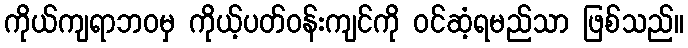
ကိုယ်ကျရာဘဝမှ ကိုယ့်ပတ်ဝန်းကျင်ကို ဝင်ဆံ့ရမည်သာ ဖြစ်သည်။